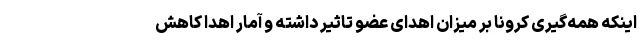
اینکه همه‌گیری کرونا بر میزان اهدای عضو تاثیر داشته و آمار اهدا کاهش